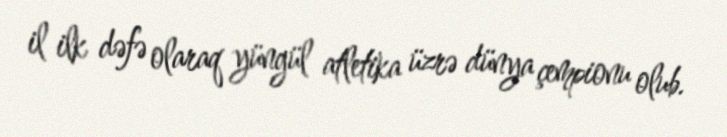
il ilk dəfə olaraq yüngül atletika üzrə dünya çempionu olub.